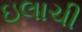
ઇલાચી